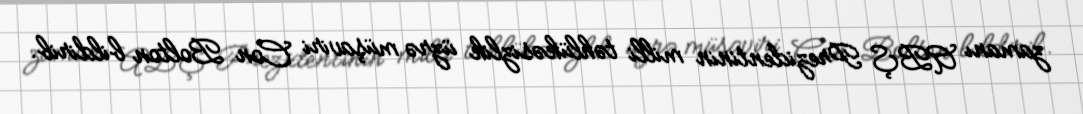
zamanı ABŞ Prezidentinin milli təhlükəsizlik üzrə müşaviri Con Bolton bildirib.